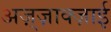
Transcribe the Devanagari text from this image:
अज़्ज़ाक्ज़ाई